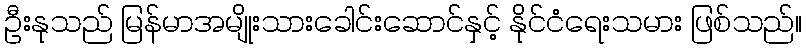
ဦးနုသည် မြန်မာအမျိုးသားခေါင်းဆောင်နှင့် နိုင်ငံရေးသမား ဖြစ်သည်။